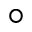
^ \circ